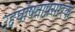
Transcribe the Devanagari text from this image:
उद्दघोषताप्रसारक